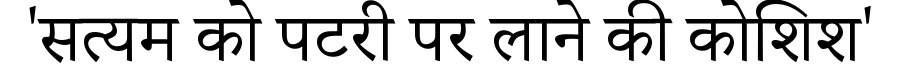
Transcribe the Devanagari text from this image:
'सत्यम को पटरी पर लाने की कोशिश'